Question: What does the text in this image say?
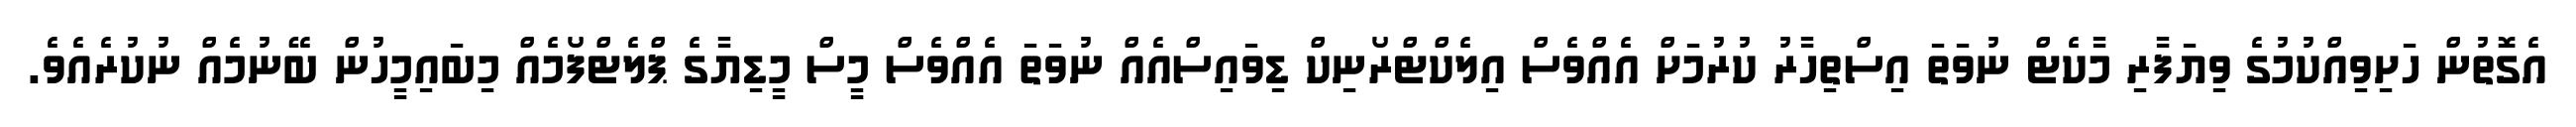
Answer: އެގޮތުން ހަށިވިއްކުމުގެ ވިޔަފާރި މާކެޓް ނުވަތަ އިސްތިހާރު ކުރުމަށް އެއްވެސް އިލެކްޓްރޯނިކް ޑިވައިސްއެއް ނުވަތަ އެއްވެސް މީސް މީޑިޔާގެ ޕްލެޓްފޯމެއް މިބައިމީހުން ބޭނުމެއް ނުކުރެއެވެ.